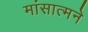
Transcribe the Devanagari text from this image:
मांसात्मने